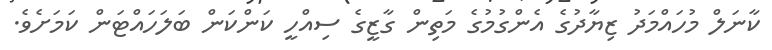
ކާނަލް މުހައްމަދު ޒިޔާދުގެ އެންގުމުގެ މަތިން ގާޒީގެ ސިއްހީ ކަންކަން ބަލަހައްޓަން ކަމަށެވެ.